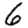
Digit: 6